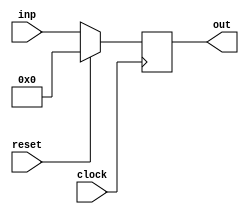
`timescale 1ns / 1ps
//////////////////////////////////////////////////////////////////////////////////
// Company: 
// Engineer: 
// 
// Design Name: 
// Module Name: program_counter
// Project Name: 
// Target Devices: 
// Tool Versions: 
// Description: 
// 
// Dependencies: 
// 
// Revision:
// Revision 0.01 - File Created
// Additional Comments:
// 
//////////////////////////////////////////////////////////////////////////////////


module program_counter(
    input[7:0] inp,
    input clock,
    input reset,
    output reg [7:0] out
    );
    
    always @(posedge clock)
        begin
            if (reset == 1) out <= 8'b00000000;
            else out <= inp;
        end
endmodule